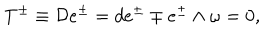
LaTeX: T ^ { \pm } \equiv { \cal D } e ^ { \pm } = d e ^ { \pm } \mp e ^ { \pm } \wedge \omega = 0 ,